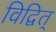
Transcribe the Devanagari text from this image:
विद्वित्